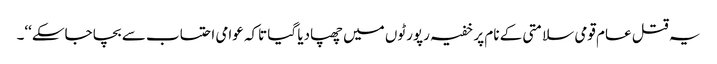
یہ قتل عام قومی سلامتی کے نام پر خفیہ رپورٹوں میں چھپادیا گیا تاکہ عوامی احتساب سے بچا جاسکے‘‘۔